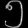
Digit: ၅